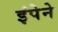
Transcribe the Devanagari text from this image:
इंपेने